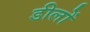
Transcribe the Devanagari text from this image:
डीलों